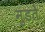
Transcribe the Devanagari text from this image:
मुडते